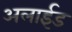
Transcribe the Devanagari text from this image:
अलाईड